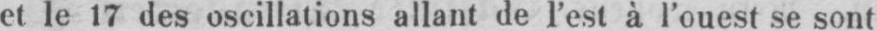
et le 17 des oscillations allant de l’est à l’ouest se sont